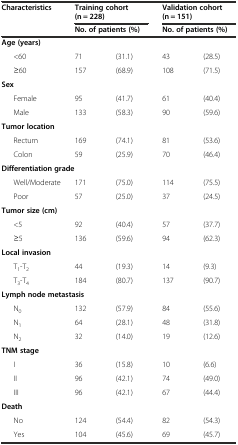
| <ROWSPAN=2> Characteristics | <COLSPAN=2> Training cohort (n = 228) | <COLSPAN=2> Validation cohort (n = 151) |
 | <COLSPAN=2> No. of patients (%) | <COLSPAN=2> No. of patients (%) |
 | --- | --- | --- | --- | --- |
 | <COLSPAN=5> Age (years) |
 | <60 | 71 | (31.1) | 43 | (28.5) |
 | ≥60 | 157 | (68.9) | 108 | (71.5) |
 | <COLSPAN=5> Sex |
 | Female | 95 | (41.7) | 61 | (40.4) |
 | Male | 133 | (58.3) | 90 | (59.6) |
 | <COLSPAN=5> Tumor location |
 | Rectum | 169 | (74.1) | 81 | (53.6) |
 | Colon | 59 | (25.9) | 70 | (46.4) |
 | <COLSPAN=5> Differentiation grade |
 | Well/Moderate | 171 | (75.0) | 114 | (75.5) |
 | Poor | 57 | (25.0) | 37 | (24.5) |
 | <COLSPAN=5> Tumor size (cm) |
 | <5 | 92 | (40.4) | 57 | (37.7) |
 | ≥5 | 136 | (59.6) | 94 | (62.3) |
 | <COLSPAN=5> Local invasion |
 | T1-T2 | 44 | (19.3) | 14 | (9.3) |
 | T3-T4 | 184 | (80.7) | 137 | (90.7) |
 | <COLSPAN=5> Lymph node metastasis |
 | N0 | 132 | (57.9) | 84 | (55.6) |
 | N1 | 64 | (28.1) | 48 | (31.8) |
 | N2 | 32 | (14.0) | 19 | (12.6) |
 | <COLSPAN=5> TNM stage |
 | I | 36 | (15.8) | 10 | (6.6) |
 | II | 96 | (42.1) | 74 | (49.0) |
 | III | 96 | (42.1) | 67 | (44.4) |
 | <COLSPAN=5> Death |
 | No | 124 | (54.4) | 82 | (54.3) |
 | Yes | 104 | (45.6) | 69 | (45.7) |